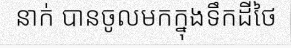
នាក់ បានចូលមកក្នុងទឹកដីថៃ